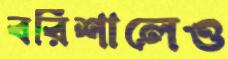
বরিশালেও